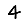
Digit: 4